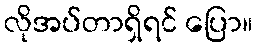
လိုအပ်တာရှိရင် ပြော။